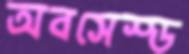
অবসেস্ড